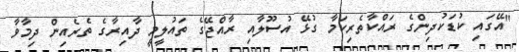
"އޭގައި ކުޑަކުދިންގެ ރައްކާތެރިކަމާ ގުޅޭ އުސޫލާއި ރާއްޖޭގެ ތައުލީމީ ދާއިރާގެ ތެރެއިން ދިމާވާ